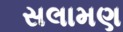
સલામણ